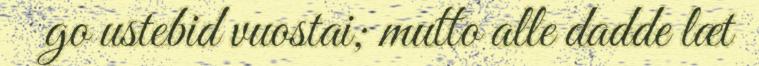
go ustebid vuostai; mutto alle dadde læt